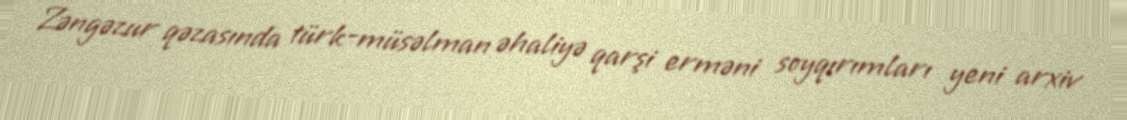
Zəngəzur qəzasında türk-müsəlman əhaliyə qarşi erməni soyqırımları yeni arxiv